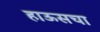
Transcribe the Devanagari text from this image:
हाऊसचा